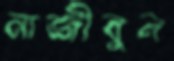
নাজীবুল